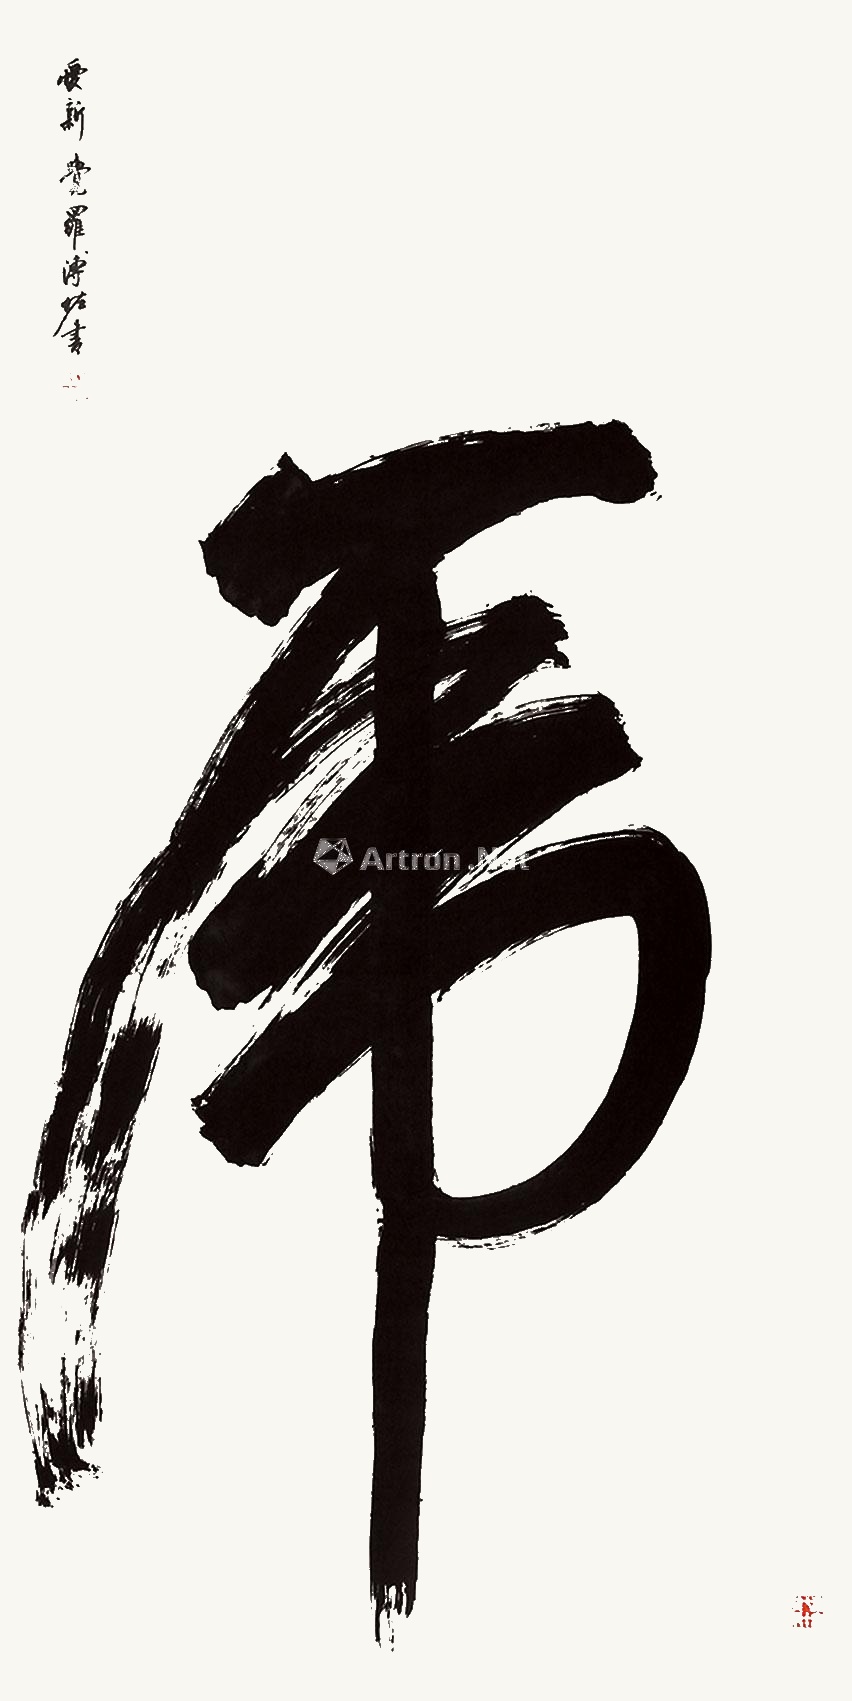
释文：虎爱新觉罗溥佐书。